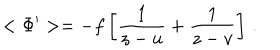
< \Phi ^ { \prime } > = - f \left[ \frac { 1 } { z - u } + \frac { 1 } { z - v } \right] \, .